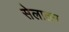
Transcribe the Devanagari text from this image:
सेलातन